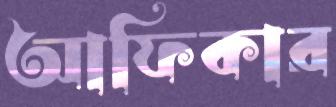
আফিকার